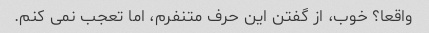
واقعا؟ خوب، از گفتن این حرف متنفرم، اما تعجب نمی کنم.